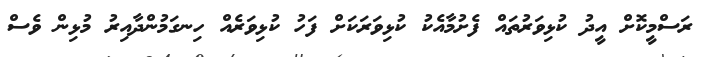
ރަސްމީކޮށް އީދު ކުޅިވަރުތައް ފެށުމާއެކު ކުޅިވަރަކަށް ފަހު ކުޅިވަރެއް ހިނގަމުންދާއިރު މުޅިން ވެސް